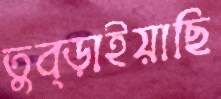
তুব্‌ড়াইয়াছি